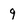
Character: 9